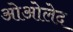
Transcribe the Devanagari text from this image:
ओओलेद